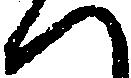
へ